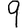
Digit: 9